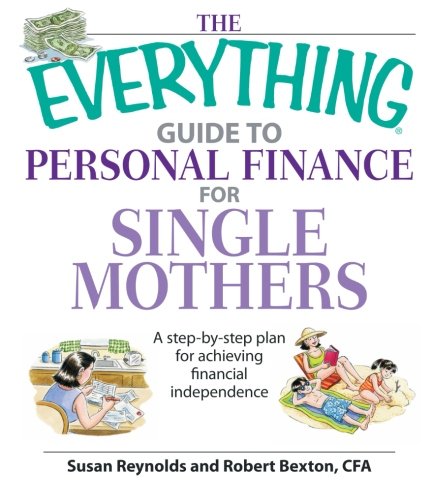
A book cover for The Everything Guide To Personal Finance For Single Mothers Book: A Step-by-step Plan for Achieving Financial Independence; Susan Reynolds; Parenting & Relationships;